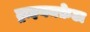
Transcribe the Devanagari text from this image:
ट्राइयमफ़ेटा